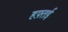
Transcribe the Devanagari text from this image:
हफ़्तई